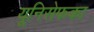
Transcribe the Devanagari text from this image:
यूनिसेफका